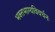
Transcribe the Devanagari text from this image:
भक्‍तभाग्यविवर्धनः